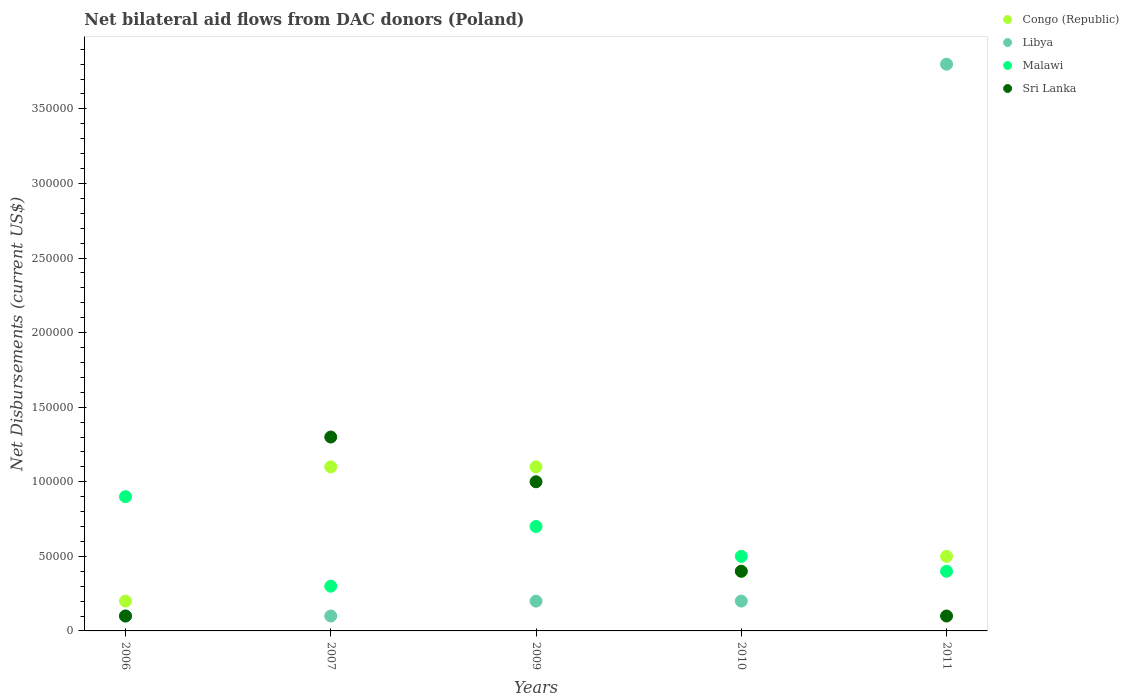
| Years | Congo (Republic) | Libya | Malawi | Sri Lanka |
 | --- | --- | --- | --- | --- |
 | 2006 | 2e+04 | 1e+04 | 9e+04 | 1e+04 |
 | 2007 | 1.1e+05 | 1e+04 | 3e+04 | 1.3e+05 |
 | 2009 | 1.1e+05 | 2e+04 | 7e+04 | 1e+05 |
 | 2010 | 4e+04 | 2e+04 | 5e+04 | 4e+04 |
 | 2011 | 5e+04 | 3.8e+05 | 4e+04 | 1e+04 |